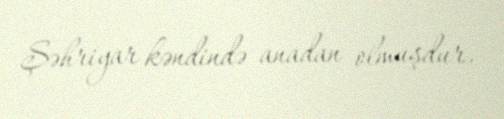
Şəhriyar kəndində anadan olmuşdur.